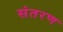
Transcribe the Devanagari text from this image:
संतरण